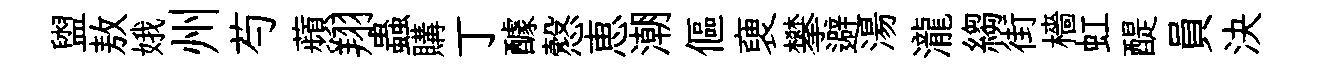
盥敖娥州芍蘋翔蟲購丁醵慤恵潮傴褏攀避湯瀧縐街檣虹醍員決